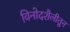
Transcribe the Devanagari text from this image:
विनोदशैलीतून